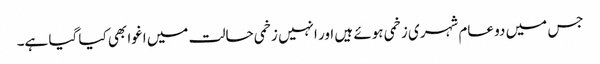
جس میں دو عام شہری زخمی ہوئے ہیں اور انہیں زخمی حالت میں اغوا بھی کیا گیا ہے۔